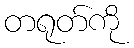
တရုတ်ကို